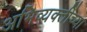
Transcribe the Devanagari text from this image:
अभिव्यक्तींच्या